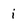
Character: i